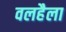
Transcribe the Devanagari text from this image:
वलहैला